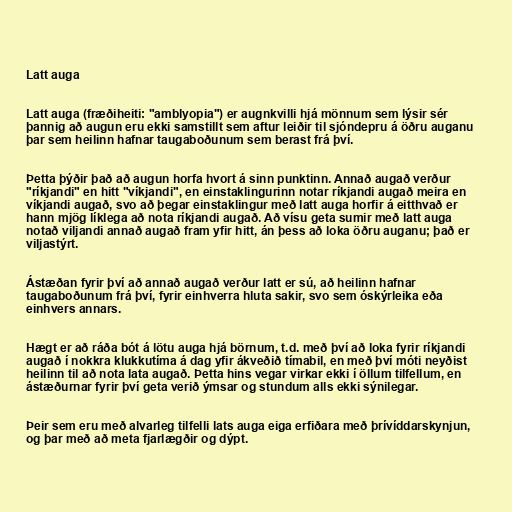
Latt auga

Latt auga (fræðiheiti: "amblyopia") er augnkvilli hjá mönnum sem lýsir sér
þannig að augun eru ekki samstillt sem aftur leiðir til sjóndepru á öðru auganu
þar sem heilinn hafnar taugaboðunum sem berast frá því.

Þetta þýðir það að augun horfa hvort á sinn punktinn. Annað augað verður
"ríkjandi" en hitt "víkjandi", en einstaklingurinn notar ríkjandi augað meira en
víkjandi augað, svo að þegar einstaklingur með latt auga horfir á eitthvað er
hann mjög líklega að nota ríkjandi augað. Að vísu geta sumir með latt auga
notað viljandi annað augað fram yfir hitt, án þess að loka öðru auganu; það er
viljastýrt.

Ástæðan fyrir því að annað augað verður latt er sú, að heilinn hafnar
taugaboðunum frá því, fyrir einhverra hluta sakir, svo sem óskýrleika eða
einhvers annars.

Hægt er að ráða bót á lötu auga hjá börnum, t.d. með því að loka fyrir ríkjandi
augað í nokkra klukkutíma á dag yfir ákveðið tímabil, en með því móti neyðist
heilinn til að nota lata augað. Þetta hins vegar virkar ekki í öllum tilfellum, en
ástæðurnar fyrir því geta verið ýmsar og stundum alls ekki sýnilegar.

Þeir sem eru með alvarleg tilfelli lats auga eiga erfiðara með þrívíddarskynjun,
og þar með að meta fjarlægðir og dýpt.